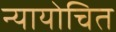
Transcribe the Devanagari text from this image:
न्‍यायोचित